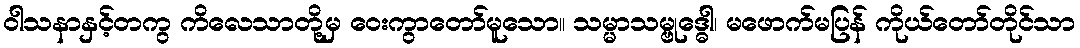
ဝါသနာနှင့်တကွ ကိလေသာတို့မှ ဝေးကွာတော်မူသော။ သမ္မာသမ္ဗုဒ္ဓေါ၊ မဖောက်မပြန် ကိုယ်တော်တိုင်သာ